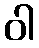
ဝါ